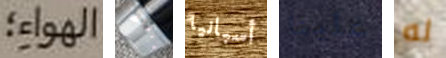
الهواء؛ عرفتك أسبانيا علينا له